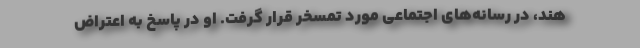
هند، در رسانه‌های اجتماعی مورد تمسخر قرار گرفت. او در پاسخ به اعتراض